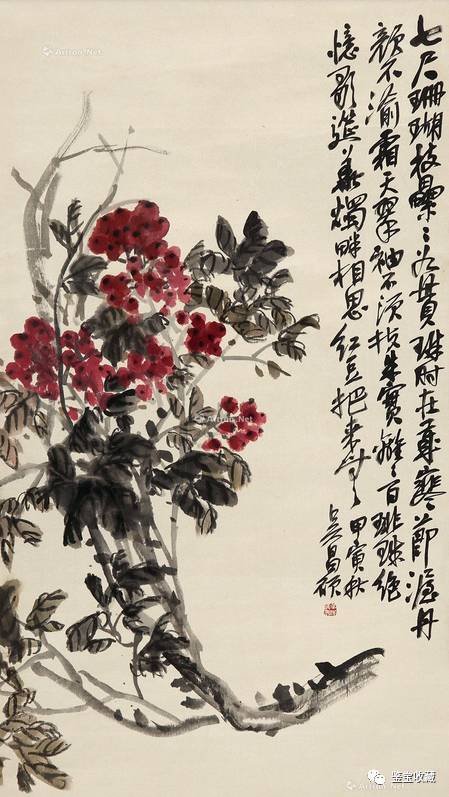
问别来解相思否。